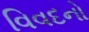
વિવદનો